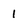
Character: 1